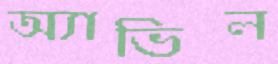
অ্যাভিল